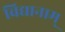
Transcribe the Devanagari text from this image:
विद्यानाम्